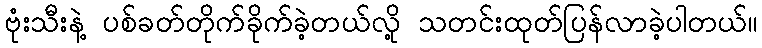
ဗုံးသီးနဲ့ ပစ်ခတ်တိုက်ခိုက်ခဲ့တယ်လို့ သတင်းထုတ်ပြန်လာခဲ့ပါတယ်။